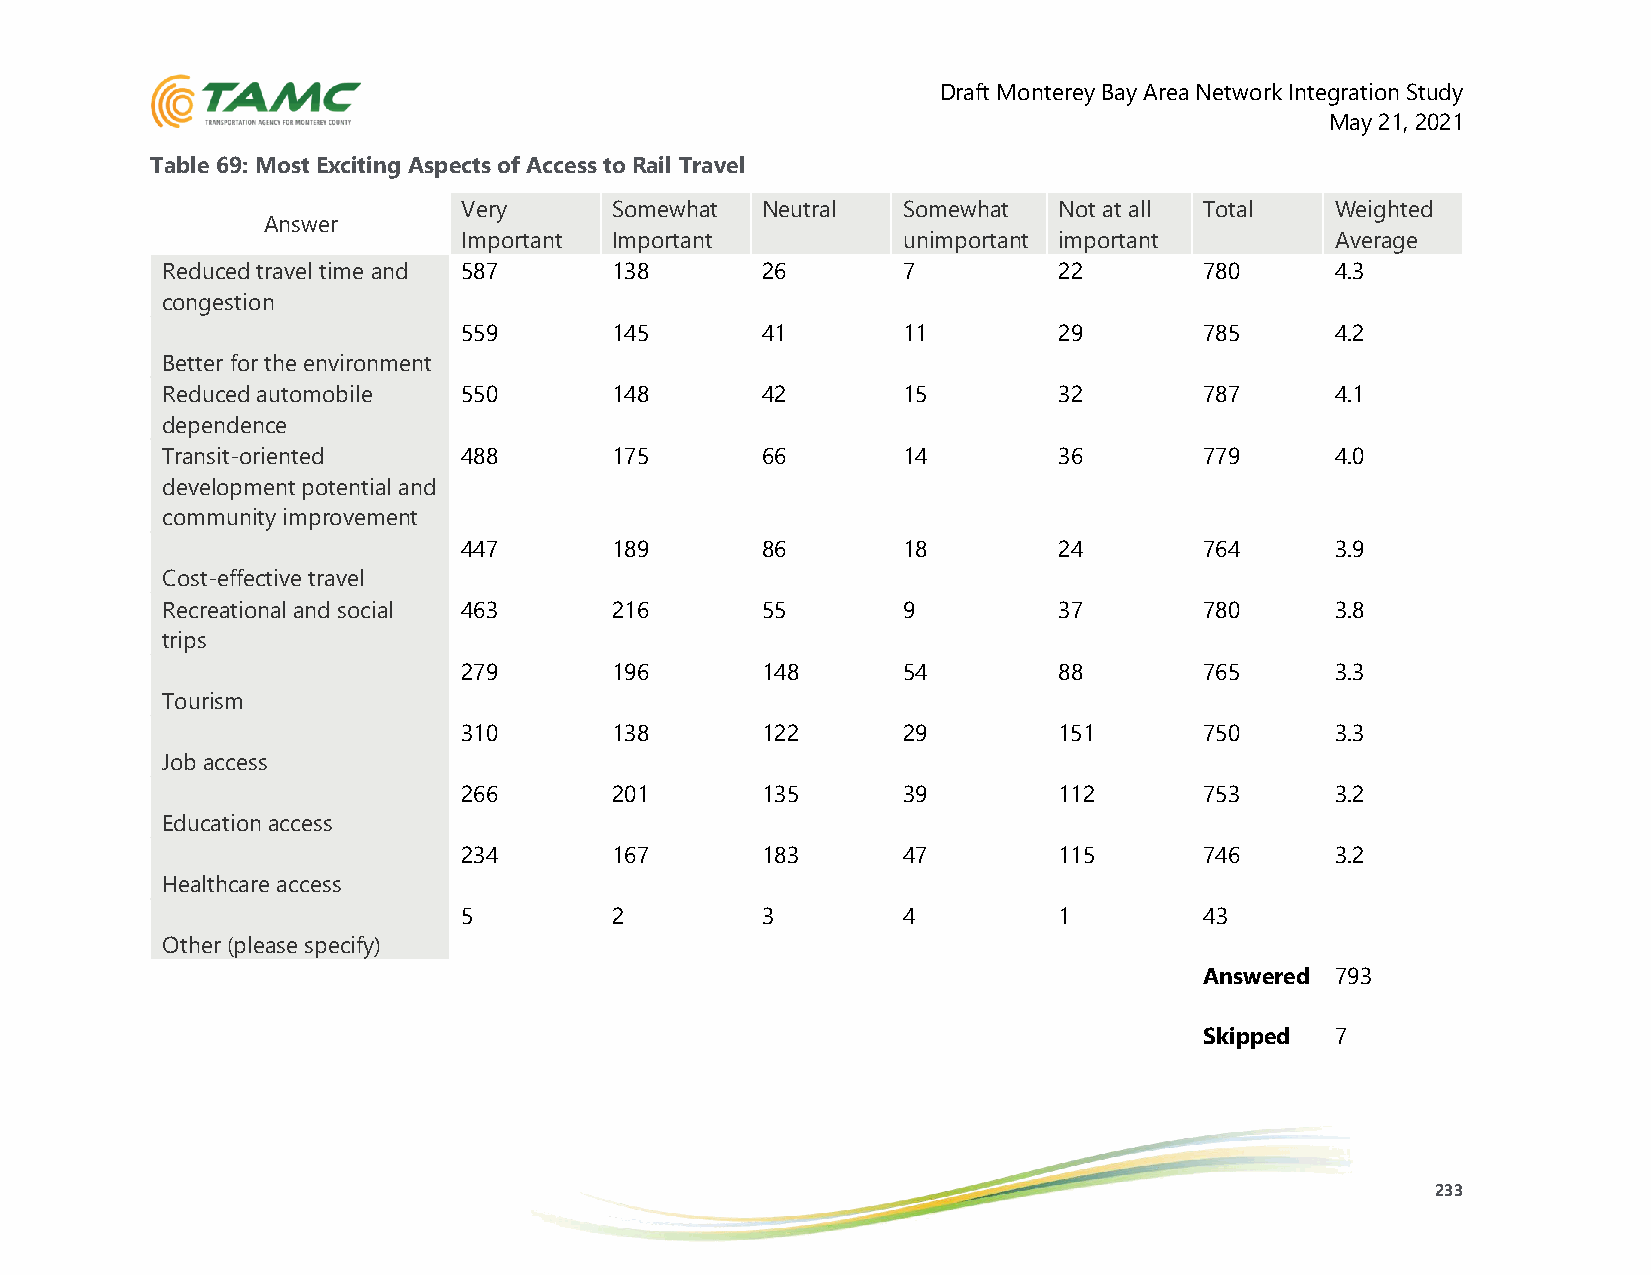
Draft Monterey Bay Area Network Integration Study
 May 21, 2021
 Table 69: Most Exciting Aspects of Access to Rail Travel
 Very     Somewhat  Neutral   Somewhat  Not at all Total  Weighted
 Answer
 Important Important          unimportant important       Average
 Reduced travel time and 587  138       26        7         22        780     4.3
 congestion
 559      145       41        11        29        785     4.2
 Better for the environment
 Reduced automobile  550      148       42        15        32        787     4.1
 dependence
 Transit-oriented    488      175       66        14        36        779     4.0
 development potential and
 community improvement
 447      189       86        18        24        764     3.9
 Cost-effective travel
 Recreational and social 463  216       55        9         37        780     3.8
 trips
 279      196       148       54        88        765     3.3
 Tourism
 310      138       122       29        151       750     3.3
 Job access
 266      201       135       39        112       753     3.2
 Education access
 234      167       183       47        115       746     3.2
 Healthcare access
 5        2         3         4         1         43
 Other (please specify)
 Answered 793
 Skipped 7
 233